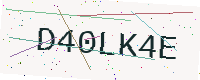
Text: D40LK4E